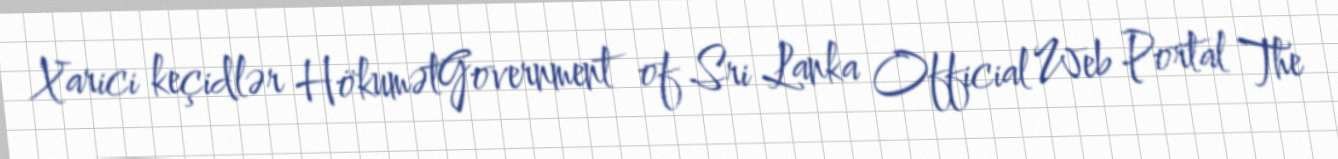
Xarici keçidlər HökumətGovernment of Sri Lanka Official Web Portal The